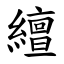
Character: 繵